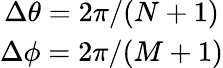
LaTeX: \begin{array}{c}{\Delta\theta=2\pi/(N+1)}\\ {\Delta\phi=2\pi/(M+1)}\end{array}